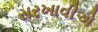
સરખાવીએ